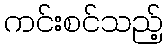
ကင်းစင်သည့်